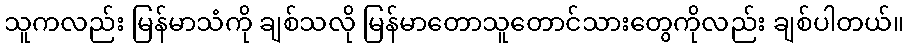
သူကလည်း မြန်မာသံကို ချစ်သလို မြန်မာတောသူတောင်သားတွေကိုလည်း ချစ်ပါတယ်။